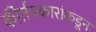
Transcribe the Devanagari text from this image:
कीर्तनकारांकडून